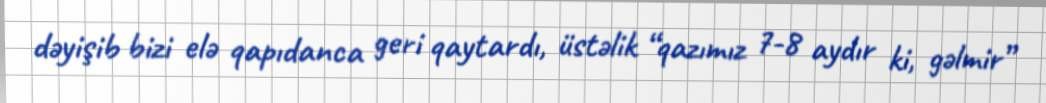
dəyişib bizi elə qapıdanca geri qaytardı, üstəlik “qazımız 7-8 aydır ki, gəlmir”